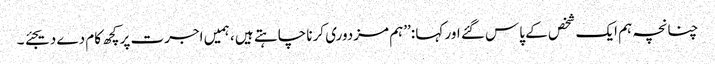
چنانچہ ہم ایک شخص کے پاس گئے اور کہا :’’ہم مزدوری کرنا چاہتے ہیں ، ہمیں اجرت پرکچھ کام دے دیجئے ۔